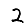
Digit: 2